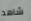
شاهد